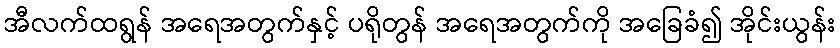
အီလက်ထရွန် အရေအတွက်နှင့် ပရိုတွန် အရေအတွက်ကို အခြေခံ၍ အိုင်းယွန်း